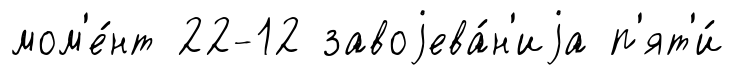
мом'е́нт 22-12 завоjева́н'иjа п'ят'и́